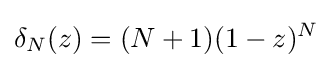
\delta _{N}(z)=(N+1)(1-z)^{N}